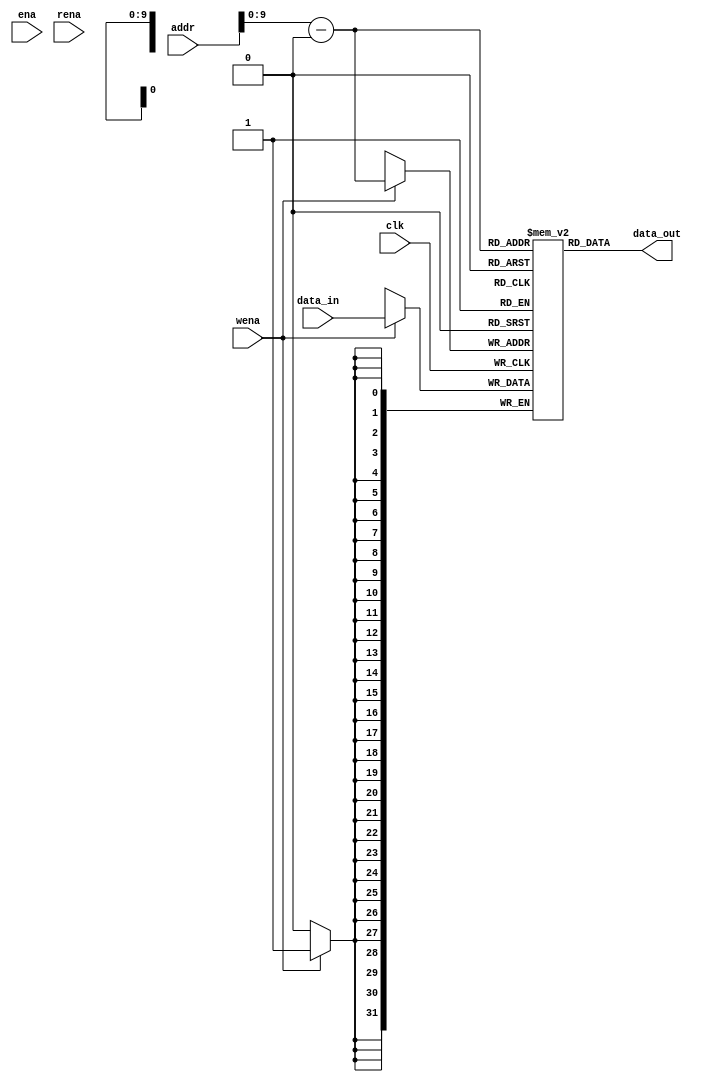
`timescale 1ns / 1ps
//////////////////////////////////////////////////////////////////////////////////
// Company: 
// Engineer: 
// 
// Design Name: 
// Module Name: Regfiles
// Project Name: 
// Target Devices: 
// Tool Versions: 
// Description: 
// 
// Dependencies: 
// 
// Revision:
// Revision 0.01 - File Created
// Additional Comments:
// 
//////////////////////////////////////////////////////////////////////////////////
module dram(clk,ena,wena,rena,addr,data_in,data_out);
	input clk;
	input ena;
	input wena;
	input rena;
	input [31:0] addr;
	input [31:0] data_in;
	output wire [31:0] data_out;
	reg [31:0] data[1023:0];
	always @(posedge clk)
	begin
		if(wena==1)data[addr-32'h10010000]<=data_in;
		//if(rena==1)data_out<=data[addr];
	end
	assign data_out=data[addr-32'h10010000];
endmodule

module Dmem(
	input clk,
	input ena,
	input wena,
	input rena,
	input[31:0]address,
	input wire [31:0]data_in,
	output wire [31:0]data_out
);
dram dram1(.clk(clk),.ena(ena),.wena(wena),.rena(rena),.addr(address),.data_in(data_in),.data_out(data_out));


endmodule